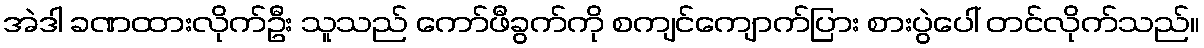
အဲဒါ ခဏထားလိုက်ဦး သူသည် ကော်ဖီခွက်ကို စကျင်ကျောက်ပြား စားပွဲပေါ် တင်လိုက်သည်။